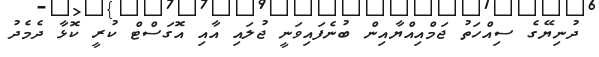
ދުނިޔޭގެ ސިއްހަތު ޖަމްއިއްޔާއިން ބުނެފައިވަނީ ޖުލައި އާއި އޮގަސްޓް ކުރީ ކޮޅާ ދެމެދު